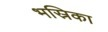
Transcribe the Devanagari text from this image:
भस्रिका